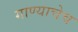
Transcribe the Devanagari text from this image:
गाण्याचेच